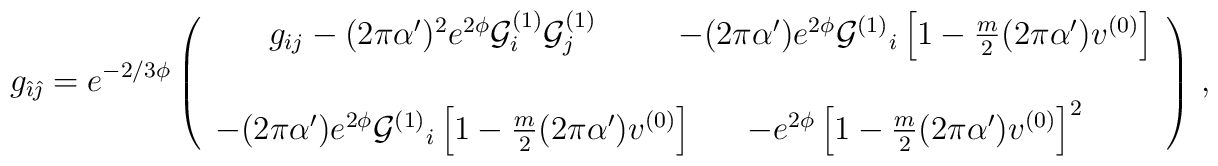
g_{\hat{\imath}\hat{\jmath}} = e^{-2/3\phi} \left(\begin{array}{cc}g_{ij} - (2\pi\alpha^\prime)^2 e^{2\phi}{\cal G}^{(1)}_{i}{\cal G}^{(1)}_{j} & -(2\pi\alpha^\prime)e^{2\phi}{\cal G}^{(1)}{}_{i}\left[1-\frac{m}{2} (2\pi\alpha^\prime) v^{(0)} \right]   \\& \\-(2\pi\alpha^\prime)e^{2\phi}{\cal G}^{(1)}{}_{i}\left[1-\frac{m}{2} (2\pi\alpha^\prime) v^{(0)} \right] \hspace{-.5cm}& -e^{2\phi}\left[1-\frac{m}{2} (2\pi\alpha^\prime) v^{(0)} \right]^2 \\\end{array}\right)\, ,